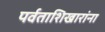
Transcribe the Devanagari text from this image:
पर्वताशिखारांना